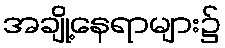
အချို့နေရာများ၌